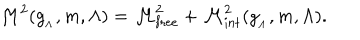
{ \cal M } ^ { 2 } ( g _ { _ { \Lambda } } , m , \Lambda ) = { \cal M } _ { \mathrm { f r e e } } ^ { 2 } + { \cal M } _ { \mathrm { i n t } } ^ { 2 } ( g _ { _ { \Lambda } } , m , \Lambda ) .